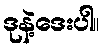
ဒုနဲ့ဒေးပါ။